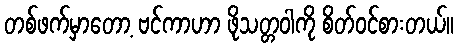
တစ်ဖက်မှာတော့ ဗင်ကာဟာ ဖိုသတ္တဝါကို စိတ်ဝင်စားတယ်။